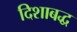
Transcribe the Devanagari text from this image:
दिशाबद्ध